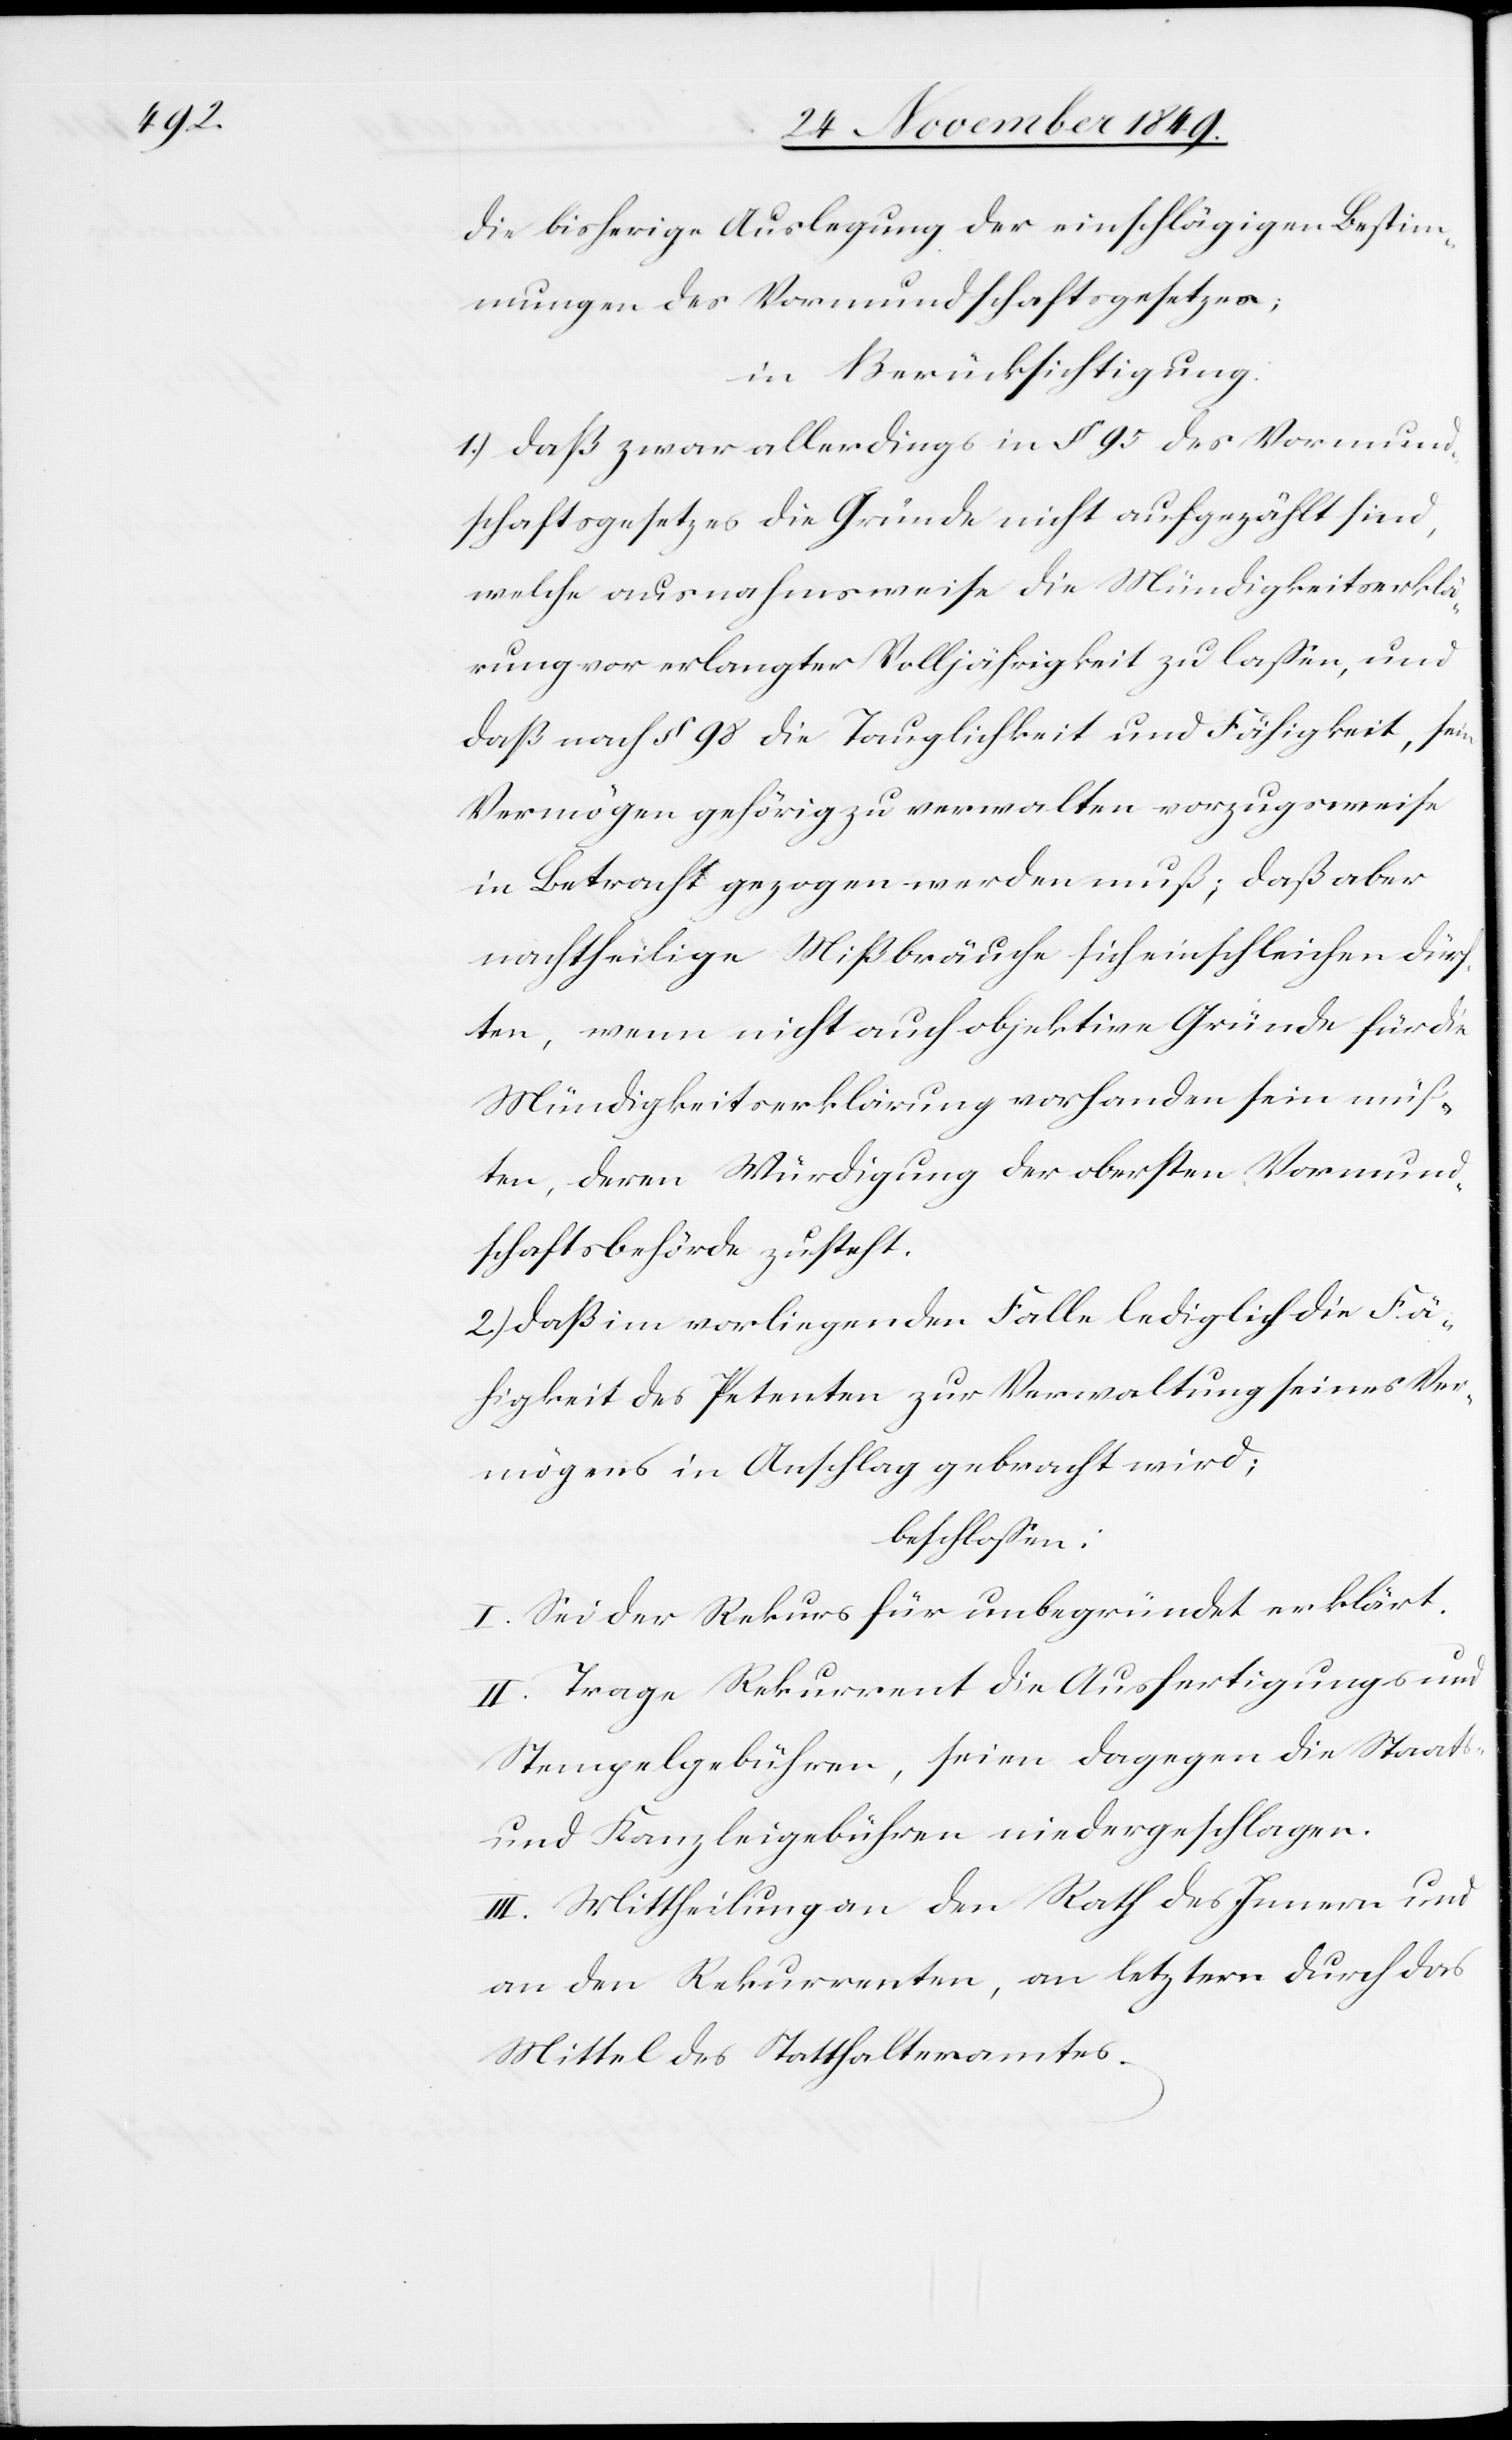
die bisherige Auslegung der einschlägigen Bestim¬
mungen des Vormundschaftsgesetzes;
in Berücksichtigung:
1.) daß zwar allerdings in § 95 des Vormund¬
schaftsgesetzes die Gründe nicht aufgezählt sind,
welche ausnahmsweise die Mündigkeitserklä¬
rung vor erlangter Volljährigkeit zu laßen, und
daß nach § 98 die Tauglichkeit und Fähigkeit, sein
Vermögen gehörig zu verwalten vorzugsweise
in Betracht gezogen werden muß; daß aber
nachtheilige Mißbräuche sich einschleichen dürf¬
ten, wenn nicht auch objektive Gründe für die
Mündigkeitserklärung vorhanden sein müß¬
ten, deren Würdigung der obersten Vormund¬
schaftsbehörde zusteht.
2.) daß im vorliegenden Fall lediglich die Fä¬
higkeit des Petenten zur Verwaltung seines Ver¬
mögens in Anschlag gebracht wird;
beschloßen:
I. Sei der Rekurs für unbegründet erklärt.
II. Trage Rekurrent die Ausfertigungs- u.
Stempelgebühren, seien dagegen die Staats-
und Kanzleigebühren niedergeschlagen.
III. Mittheilung an den Rath des Innern und
an den Rekurrenten, an letztern durch das
Mittel des Statthalteramtes.